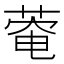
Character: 𫈬